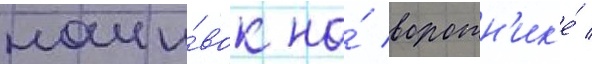
наши́вок на́ воротн'ик'е́ /